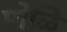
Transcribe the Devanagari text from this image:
मोळि